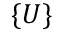
\{ U \}